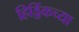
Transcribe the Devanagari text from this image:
हिड्डिंकच्या